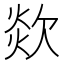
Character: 欻